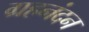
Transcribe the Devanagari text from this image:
ग्रहनंदन